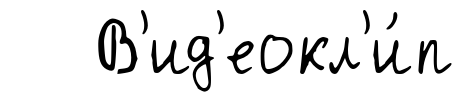
В'ид'еокл'и́п